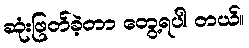
ဆုံးဖြတ်ခဲ့တာ တွေ့ရပါ တယ်။